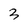
Character: 3